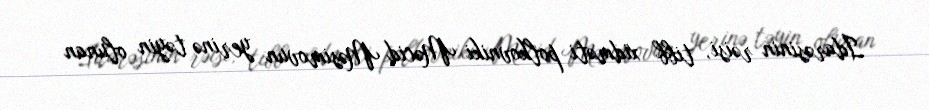
İdarəsinin rəisi, tibb xidməti polkovniki Məcid Məsimovun yerinə təyin olunan